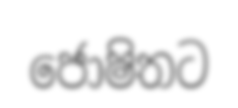
ජොෂිතට